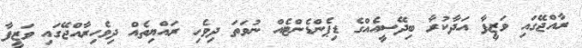
ރާއްޖޭގައި ވަޒީފާ އަދާކުރާ ބިދޭސީއެއްގެ ޑިޕެންޑެންޓެއް ނުވަތަ ދިވެހި ރައްޔިތެއް ދިވެހިރާއްޖޭގައި ވަޒީފާ